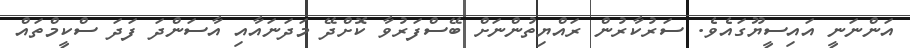
އަންނަނީ އައިސީޔޫގައެވެ. ސަރުކާރުން ރައްޔިތުންނަށް ބޭސްފަރުވާ ކޮށްދޭ މަދަނައާއި އާސަންދަ ފަދަ ސްކީމްތައް